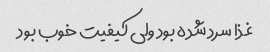
غذا سرد شده بود ولی کیفیت خوب بود